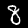
Digit: 8